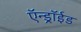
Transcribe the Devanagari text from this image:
ऍन्ड्रॉईड